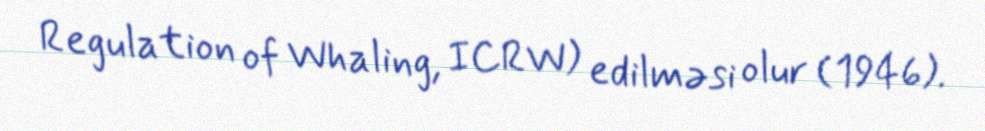
Regulation of Whaling, ICRW) edilməsi olur (1946).